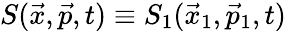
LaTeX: S(\vec{x},\vec{p},t)\equiv S_{1}(\vec{x}_{1},\vec{p}_{1},t)